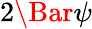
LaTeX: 2\Bar{\psi}